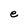
Character: e